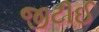
જીટીઈ